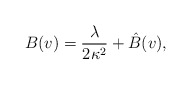
\begin{align*} B(v)=\frac{\lambda}{2\kappa^2}+\hat{B}(v),\end{align*}